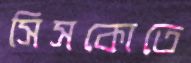
সিসকোতে